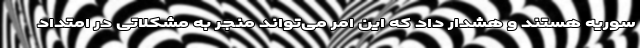
سوریه هستند و هشدار داد که این امر می‌تواند منجر به مشکلاتی در امتداد